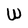
Character: W